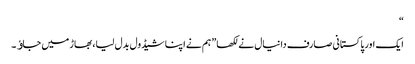
“
ایک اور پاکستانی صارف دانیال نے لکھا” ہم نے اپنا شیڈول بدل لیا، بھاڑ میں جاﺅ۔